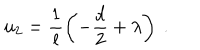
u _ { 2 } = \frac 1 l \left( - \frac { d } 2 + \lambda \right) ~ .